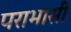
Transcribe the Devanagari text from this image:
पराभासी